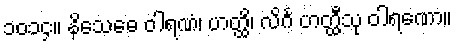
၁၀၁၄။ နိသေဓေ ဝါရဏံ၊ ဟတ္ထိ၊ လိင်္ဂ ဟတ္ထီသု ဝါရဏော။